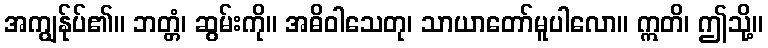
အကျွန်ုပ်၏။ ဘတ္တံ၊ ဆွမ်းကို။ အဓိဝါသေတု၊ သာယာတော်မူပါလော။ ဣတိ၊ ဤသို့။